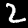
Label: 2